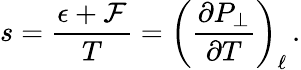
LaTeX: s=\frac{\epsilon+{\mathcal{F}}}{T}=\left(\frac{\partial{P_{\perp}}}{\partial{T}}\right)_{\ell}\, .